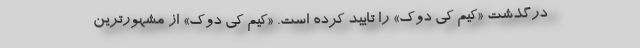
درگذشت «کیم کی دوک» را تایید کرده است. «کیم کی دوک» از مشهورترین